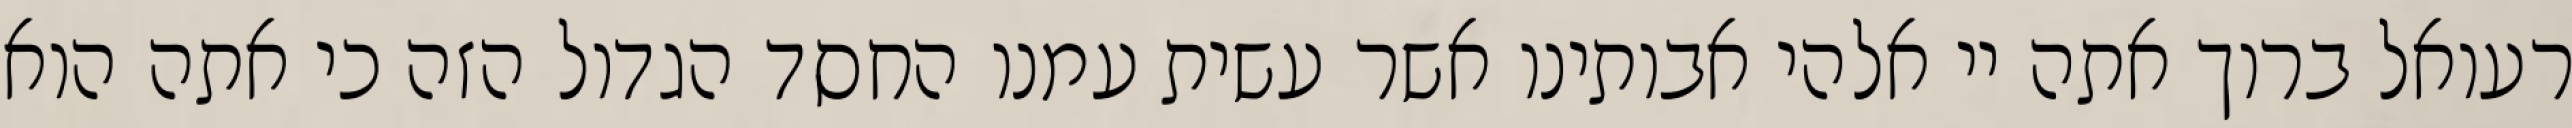
רעואל ברוך אתה יי אלהי אבותינו אשר עשית עמנו החסד הגדול הזה כי אתה הוא